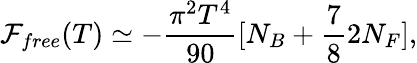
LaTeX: {\cal F}_{free}(T)\simeq-{\frac{\pi^{2}T^{4}}{90}}[N_{B}+{\frac{7}{8}}2N_{F}],